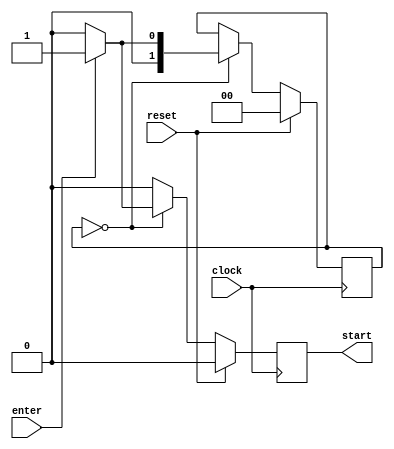
module send_start(
output reg start,
input reset,
input enter,
input clock

);

reg [1:0] state ;
localparam s_nothing=2'd0, s_play=2'd1;


always @(posedge clock) begin
start <= 0;
	if (reset) begin state <= s_nothing; end
	
	else begin
		case(state)
		s_nothing: begin
		state <= enter ? s_play:s_nothing;
		if (enter) begin start<= 1'b1; end
		
		end
		
		s_play: begin end
		
		
		endcase
	
	
	
	
	end
	




end



endmodule